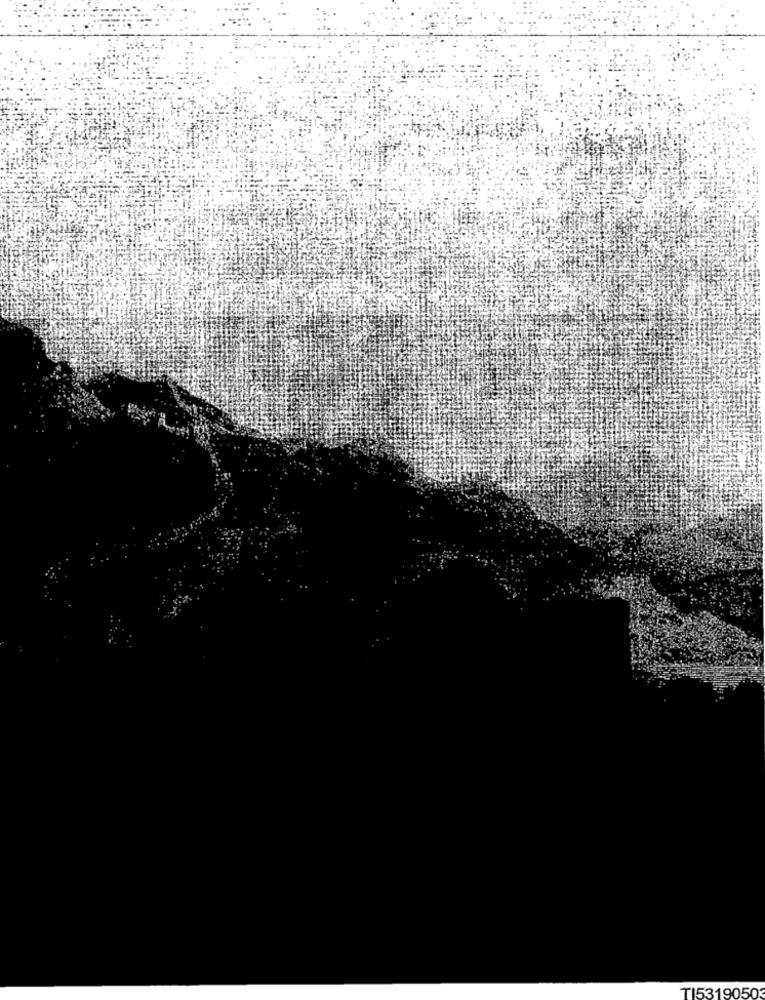
T153190503